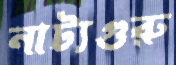
নাট্যগুরু